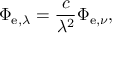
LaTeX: \Phi _ { \mathrm { e } , \lambda } = { \frac { c } { \lambda ^ { 2 } } } \Phi _ { \mathrm { e } , \nu } ,